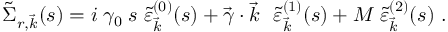
\tilde { \Sigma } _ { r , \vec { k } } ( s ) = i \; \gamma _ { 0 } \; s \; \tilde { \varepsilon } _ { \vec { k } } ^ { ( 0 ) } ( s ) + \vec { \gamma } \cdot \vec { k } ~ ~ \tilde { \varepsilon } _ { \vec { k } } ^ { ( 1 ) } ( s ) + M \; \tilde { \varepsilon } _ { \vec { k } } ^ { ( 2 ) } ( s ) ~ .